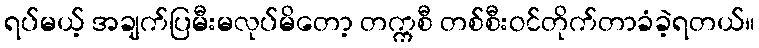
ရပ်မယ့် အချက်ပြမီးမလုပ်မိတော့ တက္ကစီ တစ်စီးဝင်တိုက်တာခံခဲ့ရတယ်။